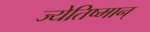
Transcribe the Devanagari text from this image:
ज्येतिष्मान्